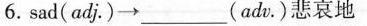
sad（adj\cdot ）\to ___(adv\cdot )悲伤地